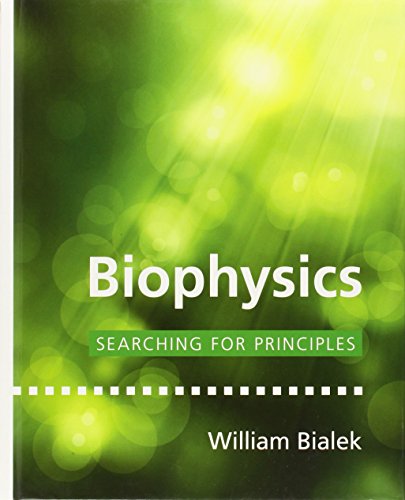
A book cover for Biophysics: Searching for Principles; William Bialek; Science & Math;